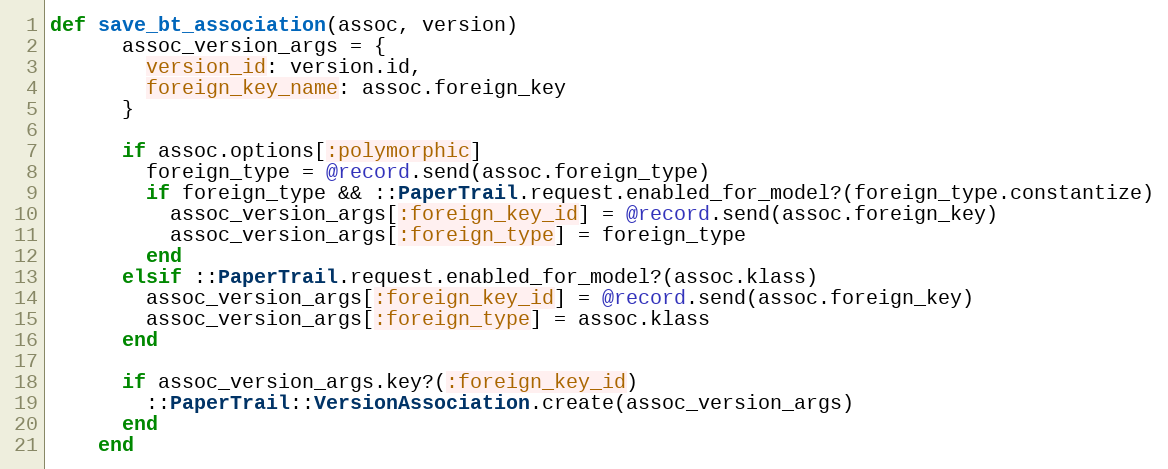
Language: Ruby
def save_bt_association(assoc, version)
      assoc_version_args = {
        version_id: version.id,
        foreign_key_name: assoc.foreign_key
      }

      if assoc.options[:polymorphic]
        foreign_type = @record.send(assoc.foreign_type)
        if foreign_type && ::PaperTrail.request.enabled_for_model?(foreign_type.constantize)
          assoc_version_args[:foreign_key_id] = @record.send(assoc.foreign_key)
          assoc_version_args[:foreign_type] = foreign_type
        end
      elsif ::PaperTrail.request.enabled_for_model?(assoc.klass)
        assoc_version_args[:foreign_key_id] = @record.send(assoc.foreign_key)
        assoc_version_args[:foreign_type] = assoc.klass
      end

      if assoc_version_args.key?(:foreign_key_id)
        ::PaperTrail::VersionAssociation.create(assoc_version_args)
      end
    end